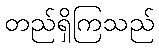
တည်ရှိကြသည်